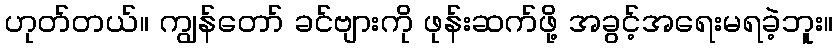
ဟုတ်တယ်။ ကျွန်တော် ခင်ဗျားကို ဖုန်းဆက်ဖို့ အခွင့်အရေးမရခဲ့ဘူး။